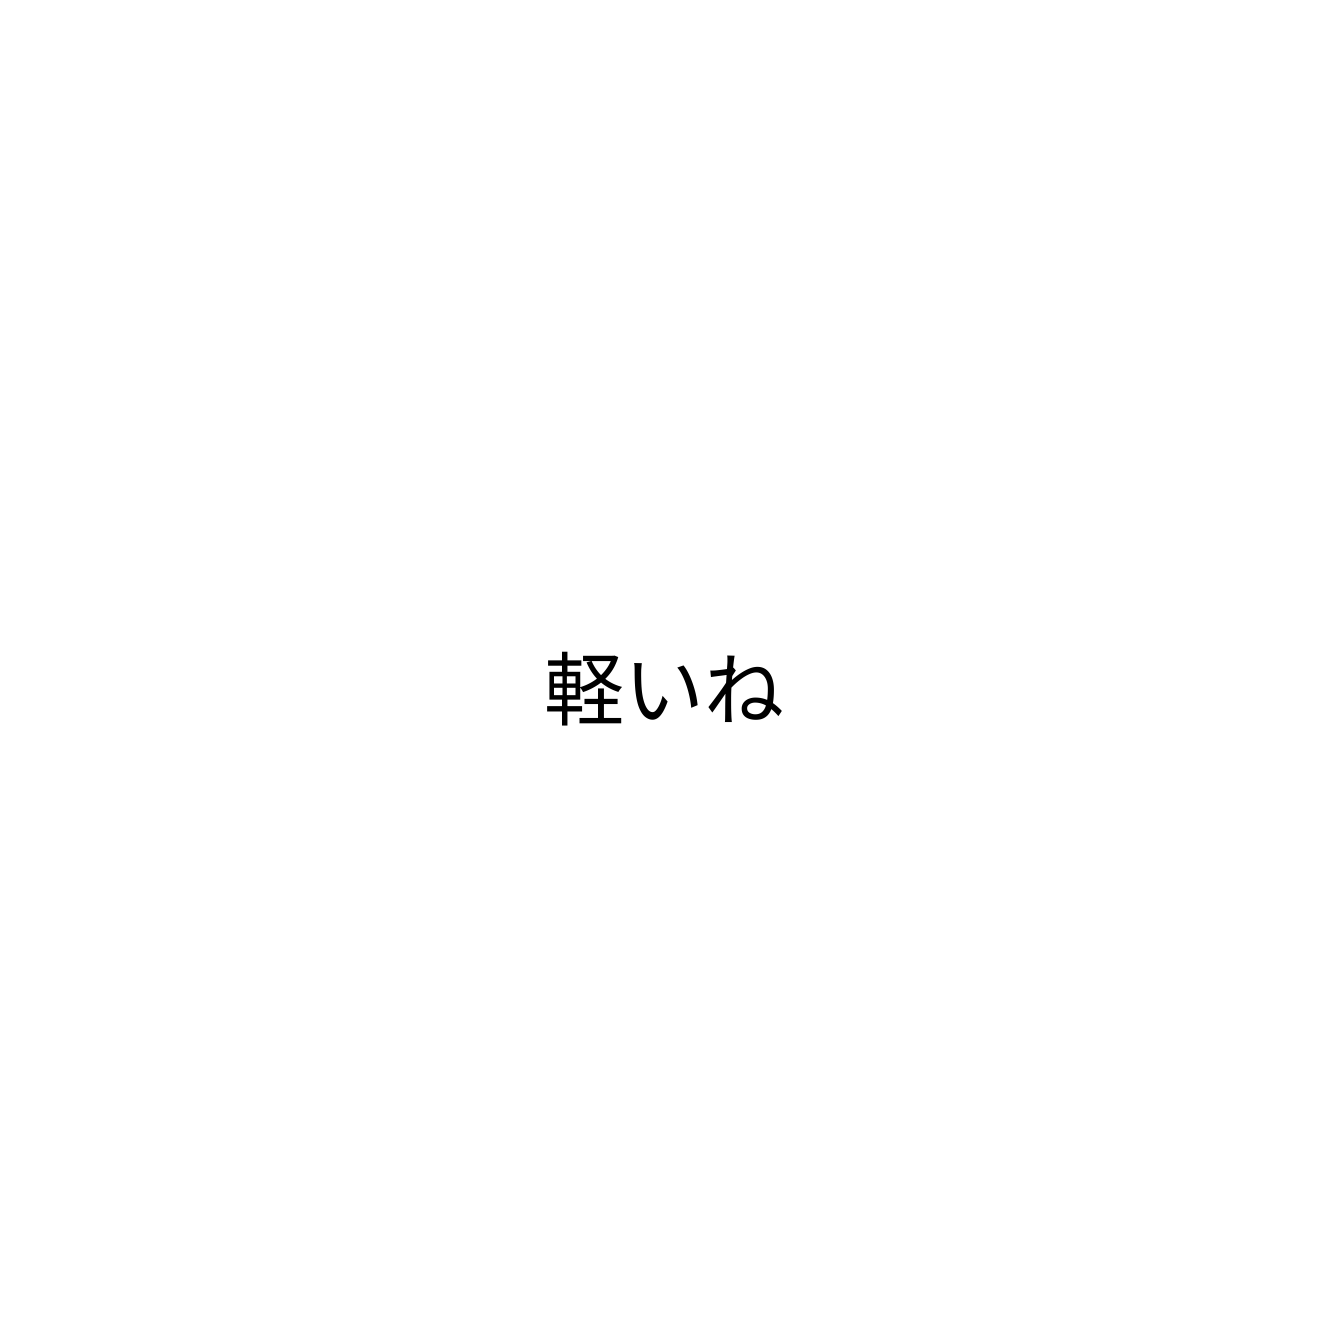
軽いね